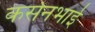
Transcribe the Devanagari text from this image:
कर्सनभाई